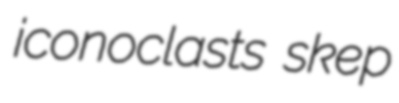
iconoclasts skep